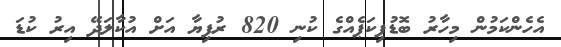
އެހެންކަމުން މިހާރު ބޮޑުޕިކަޕެއްގެ ކުނި 820 ރުފިޔާ އަށް އުކާލަދޭ އިރު ކުޑަ